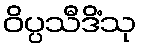
ဝိပ္ပသီဒိံသု